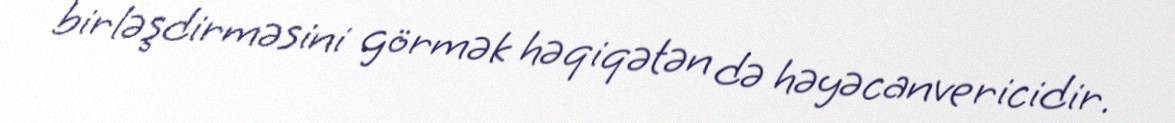
birləşdirməsini görmək həqiqətən də həyəcanvericidir.